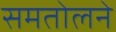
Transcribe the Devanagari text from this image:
समतोलने